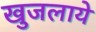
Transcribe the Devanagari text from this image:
खुजलाये